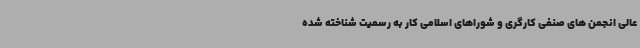
عالی انجمن های صنفی کارگری و شوراهای اسلامی کار به رسمیت شناخته شده